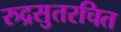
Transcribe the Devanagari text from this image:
रुद्रसुतरचित